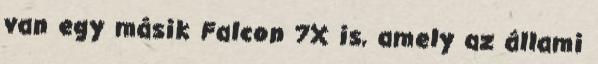
van egy másik Falcon 7X is, amely az állami